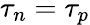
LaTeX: \tau_{n}=\tau_{p}